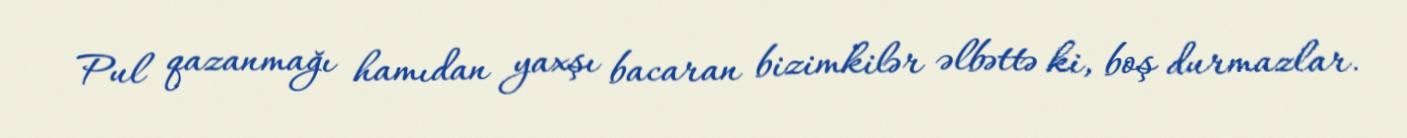
Pul qazanmağı hamıdan yaxşı bacaran bizimkilər əlbəttə ki, boş durmazlar.